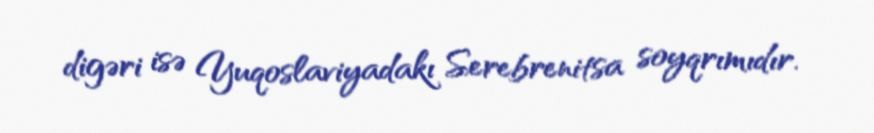
digəri isə Yuqoslaviyadakı Serebrenitsa soyqrımıdır.